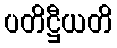
ပတိဋ္ဌီယတိ